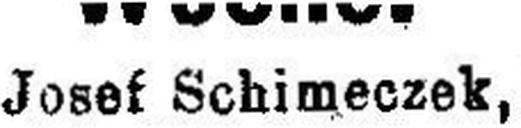
Josef Schimeczek,